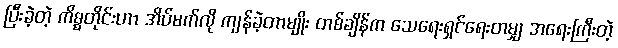
ပြီးခဲ့တဲ့ ကိစ္စတိုင်းဟာ အိပ်မက်လို ကျန်ခဲ့တာမျိုး တစ်ချိန်က သေရေးရှင်ရေးတမျှ အရေးကြီးတဲ့